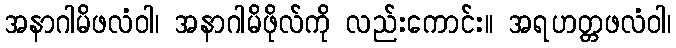
အနာဂါမိဖလံဝါ၊ အနာဂါမိဖိုလ်ကို လည်းကောင်း။ အရဟတ္တဖလံဝါ၊